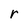
Character: r